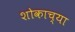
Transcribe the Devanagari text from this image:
शोकाच्या